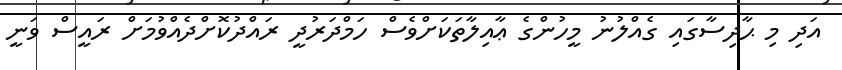
އަދި މި ޙާދިސާގައި ގެއްލުނު މީހުންގެ ޢާއިލާތަކަށްވެސް ހަމްދަރުދީ ރައްދުކޮށްދެއްވުމަށް ރައީސް ވަނީ